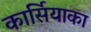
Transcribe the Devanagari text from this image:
कार्सियाका